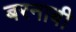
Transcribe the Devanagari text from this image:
बरनाबी